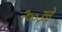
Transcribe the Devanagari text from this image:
२००३चे